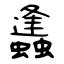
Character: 蠭